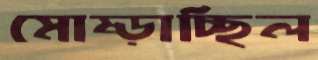
মোষ্‌ড়াচ্ছিল